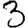
Digit: 3